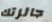
جائزتك